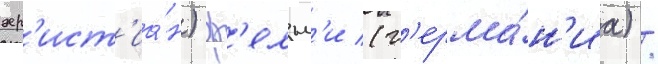
хр'ист'иа́н) ф'ельм'и (г'ерма́н'иа) /